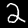
Label: 2